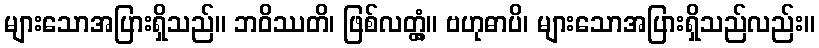
များသောအပြားရှိသည်။ ဘဝိဿတိ၊ ဖြစ်လတ္တံ့။ ဗဟုဓာပိ၊ များသောအပြားရှိသည်လည်း။